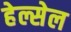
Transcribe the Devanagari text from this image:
हेल्सेल